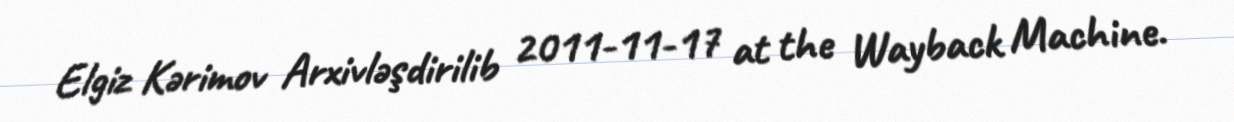
Elgiz Kərimov Arxivləşdirilib 2011-11-17 at the Wayback Machine.